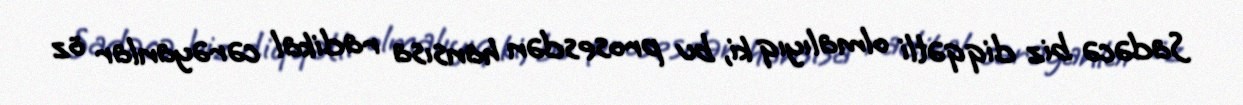
Sadəcə biz diqqətli olmalıyıq ki, bu prosesdən hansısa radikal cərəyanlar öz